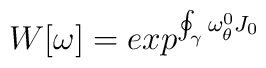
W[\omega] = exp^{ \oint_{\gamma} \omega^{0}_{\theta}J_0}